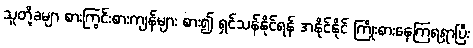
သူတို့ခမျာ စားကြွင်းစားကျန်များ စား၍ ရှင်သန်နိုင်ရန် အနိုင်နိုင် ကြိုးစားနေကြရရှာပြီး